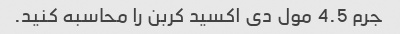
جرم 4.5 مول دی اکسید کربن را محاسبه کنید.